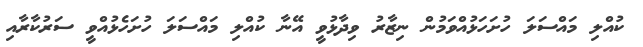
ކުއްލި މައްސަލަ ހުށަހަޅުއްވަމުން ނިޒާރު ވިދާޅުވީ އޭނާ ކުއްލި މައްސަލަ ހުށަހެޅުއްވީ ސަރުކާރާއި